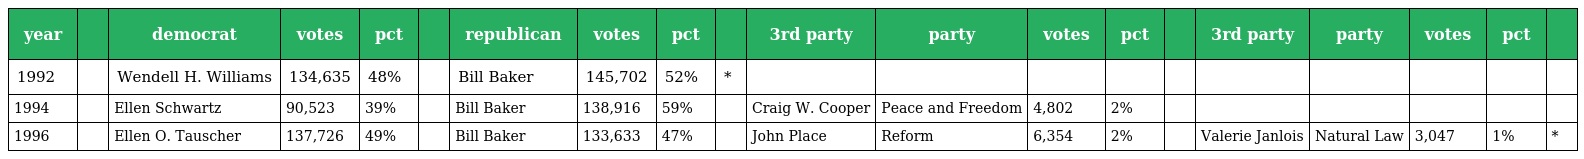
| year |  | democrat | votes | pct |  | republican | votes | pct |  | 3rd party | party | votes | pct |  | 3rd party | party | votes | pct |  |
 | --- | --- | --- | --- | --- | --- | --- | --- | --- | --- | --- | --- | --- | --- | --- | --- | --- | --- | --- | --- |
 | 1992 |  | Wendell H. Williams | 134,635 | 48% |  | Bill Baker | 145,702 | 52% | * |  |  |  |  |  |  |  |  |  |  |
 | 1994 |  | Ellen Schwartz | 90,523 | 39% |  | Bill Baker | 138,916 | 59% |  | Craig W. Cooper | Peace and Freedom | 4,802 | 2% |  |  |  |  |  |  |
 | 1996 |  | Ellen O. Tauscher | 137,726 | 49% |  | Bill Baker | 133,633 | 47% |  | John Place | Reform | 6,354 | 2% |  | Valerie Janlois | Natural Law | 3,047 | 1% | * |